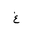
Letter: _gayn